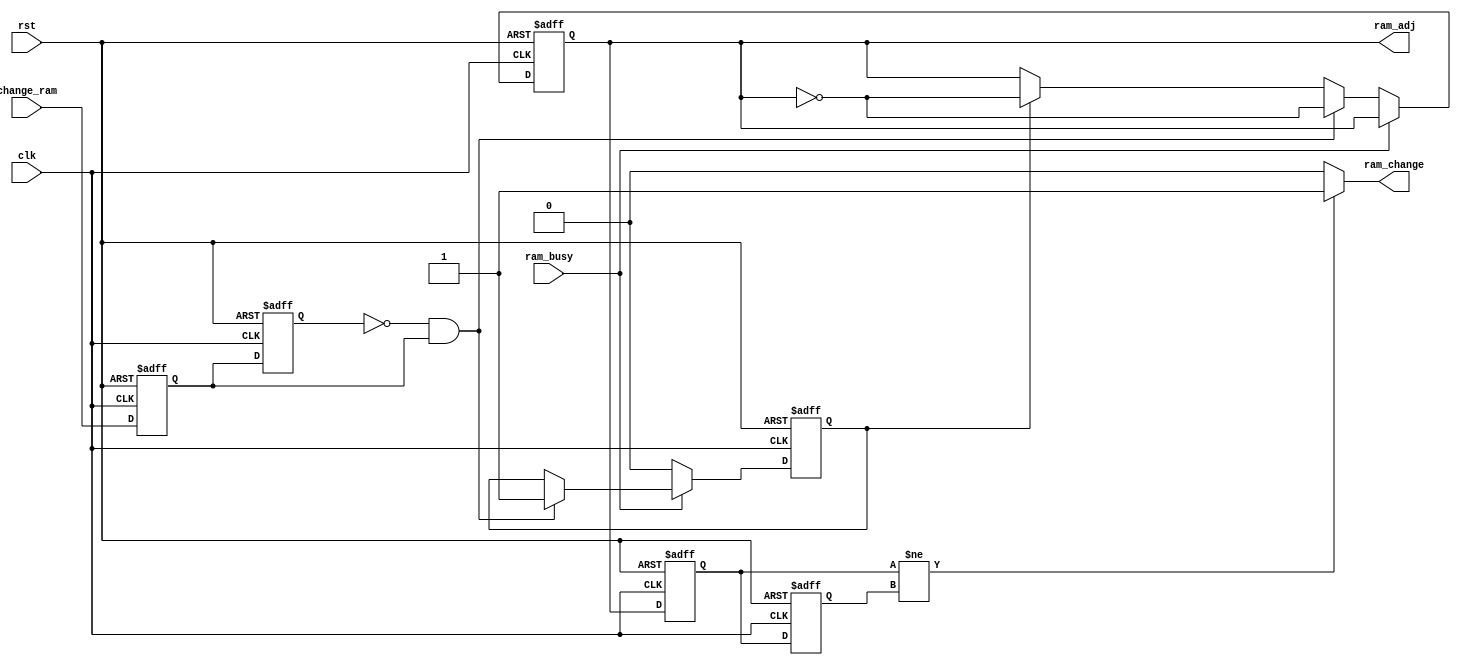
module Change_ram(
	input clk,
	input rst,
	input change_ram,
	input ram_busy,
	
	output ram_change,      //ram_adjram_adj10
	output reg ram_adj
    );
	
	reg a1_ram_adj,a2_ram_adj;//ram_adj
	wire pos_change_ram;
	
	reg change_ram_r1; //
	reg change_ram_r2;
	reg hold_change;	//
	
	
	always@(posedge clk or posedge rst)   //
	begin
		if(rst) begin change_ram_r1 <= 0; change_ram_r2 <= 0; end
		else 
			begin
			change_ram_r1 <= change_ram;
			change_ram_r2 <= change_ram_r1;
			end
	end
	
	assign pos_change_ram = ~change_ram_r2 && change_ram_r1;  //
	
	
	always@(posedge clk or posedge rst)  //ram
	begin
		if(rst) begin 
		  ram_adj <= 0; 
		  hold_change <= 0;
		end
		else 
			begin
				if(ram_busy)
					begin
						if(pos_change_ram) hold_change <= 1; //ramramhold_change
					end
				else
					begin
						if(pos_change_ram) begin ram_adj <= ~ram_adj; hold_change <= 0; end
						else if(hold_change) begin ram_adj <= ~ram_adj; hold_change <= 0; end //rambusyram
					end
			end
	end
	
	 always @(posedge clk or posedge rst)      //ram_adj
	 begin
	   if(rst)
		  begin
		  a1_ram_adj <= 1;                      // 
	     a2_ram_adj <= 1;
		  end
		else 
		  begin
		  a1_ram_adj <= ram_adj;
		  a2_ram_adj <= a1_ram_adj;
		  end
	 end
	 
	 assign ram_change = (a1_ram_adj != a2_ram_adj)? 1'b1:1'b0;  //ram_adj

endmodule